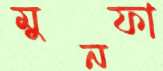
মুনফা